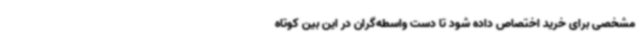
مشخصی برای خرید اختصاص داده شود تا دست واسطه‌گران در این بین کوتاه